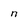
Character: n